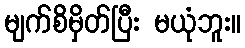
မျက်စိမှိတ်ပြီး မယုံဘူး။